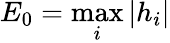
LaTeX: E_{0}=\operatorname*{max}_{i}|h_{i}|